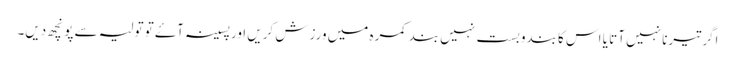
اگر تیرنا نہیں آتا یا اس کا بندوبست نہیں بند کمرہ میں ورزش کریں اور پسینہ آۓ تو تولیہ سے پونچھ دیں۔